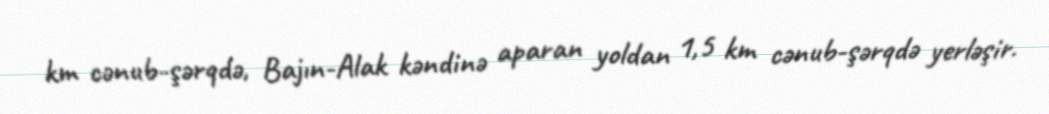
km cənub-şərqdə, Bajın-Alak kəndinə aparan yoldan 1,5 km cənub-şərqdə yerləşir.